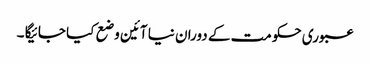
عبوری حکومت کے دوران نیا آئین وضع کیا جائیگا ۔